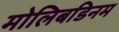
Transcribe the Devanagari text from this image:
मोलिबडिनम